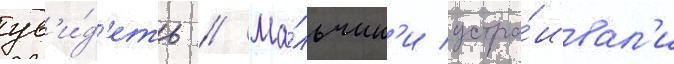
ув'и́д'еть // Ма́льчик'и устра́ивал'и